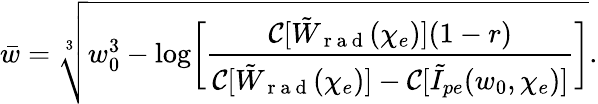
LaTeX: \bar{w}=\sqrt[3]{w_{0}^{3}-\log\biggl[\frac{\mathcal{C}[\tilde{W}_{\mathrm{~r~a~d~}}(\chi_{e})](1-r)}{\mathcal{C}[\tilde{W}_{\mathrm{~r~a~d~}}(\chi_{e})]-\mathcal{C}[\tilde{I}_{pe}(w_{0},\chi_{e})]}\biggr]}.